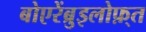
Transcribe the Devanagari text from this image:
बोएरेंब्रुइलोफ़्त